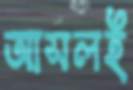
আসলই